Civil Veterinary Department Bihar reports 1936-40 - 1936-1940
Year: 1936
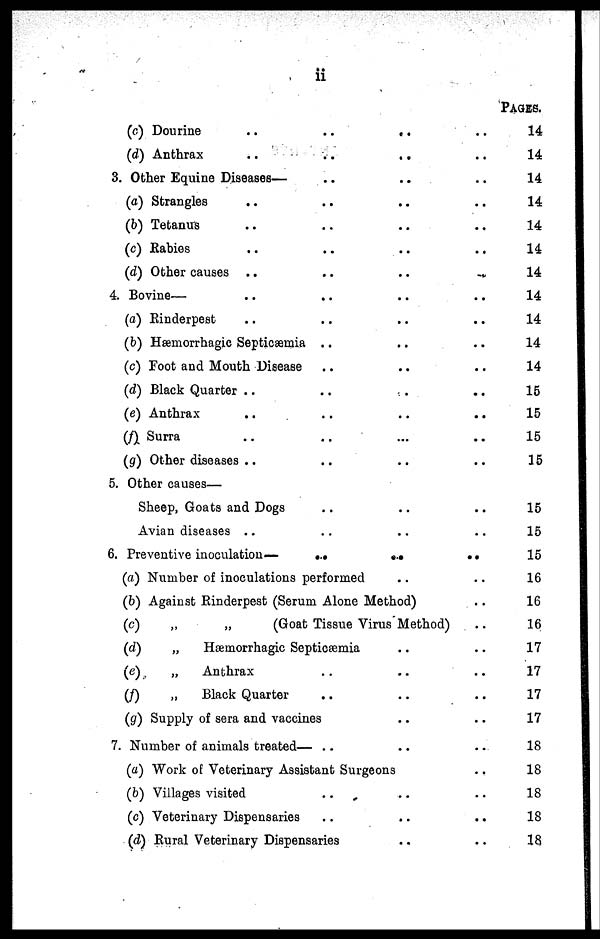
11
(c) Dourine
..
..
..
(d) Anthrax .. .. ..
3. Other Equine Diseases— .. ..
(a) Strangles.. .. ..
(b) Tetanus .. .. ..
(c) Rabies .. .. ..
(d) Other causes .. .. ..
4. Bovine— .. .. .. ..
(a) Rinderpest.. .. ..
(b) Hæmorrhagic Septicæmia .. .. ..
(c) Foot and Mouth Disease .. .. ..
(d) Black Quarter .. ..
(e) Anthrax .. .. ..
(f) Surra .. .. .. ..
(g) Other diseases .. .. .. ..
5. Other causes—
Sheep, Goats and Dogs.. .. ..
Avian diseases.. ..
6. Preventive inoculation— .. .. ..
(a) Number of inoculations performed .. ..
(b) Against Rinderpest (Serum Alone Method)..
(c)
„
„
(Goat Tissue Virus Method)..
(d)
„
Hæmorrhagic Septicæmia ..
(c)
„
Anthrax .. ..
(f)
„
Black Quarter .. ..
(g) Supply of sera and vaccines .. ..
7. Number of animals treated— .. .. ..
(a) Work of Veterinary Assistant Surgeons ..
(b) Villages visited .. .. ..
(c) Veterinary Dispensaries .. .. ..
(d) Rural Veterinary Dispensaries .. .. ..
PAGES.
14
14
14
14
14
14
14
14
14
14
14
15
15
15
15
15
15
15
16
16
16
17
17
17
17
18
18
18
18
18